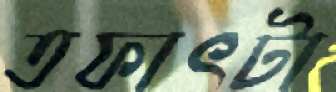
তফাৎটা